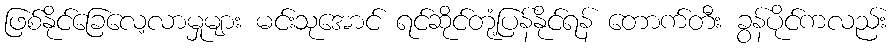
ဖြစ်နိုင်ခြေလေ့လာမှုများ မင်းသုအောင် ရင်ဆိုင်တုံ့ပြန်နိုင်ရန် တောက်တီး ခွန်ပိုင်ကလည်း